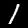
Label: 1